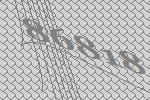
86818